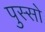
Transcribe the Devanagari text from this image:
पुस्सो